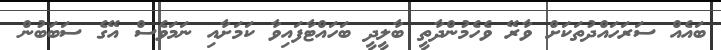
ބައެއް ސަރަހައްދުތަކަށް ވާރޭ ވެހެމުންދާތީ ބާލީދީ ބަހައްޓާފައިވާ ކަމަށާއި ނަމަވެސް އޭގެ ސަބަބުން